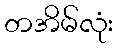
တအိမ်လုံး